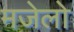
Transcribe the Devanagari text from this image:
मजेलो